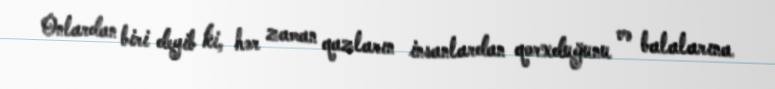
Onlardan biri deyib ki, hər zaman qazların insanlardan qorxduğunu və balalarına